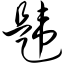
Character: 韪